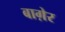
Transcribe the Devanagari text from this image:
बाग़ेर